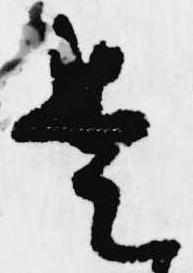
是